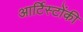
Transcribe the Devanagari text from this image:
आर्टिस्टोंकी